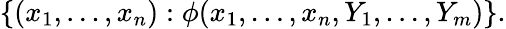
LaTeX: \{ (x_{1},\dots,x_{n}):\phi(x_{1},\dots,x_{n},Y_{1},\dots,Y_{m})\} .